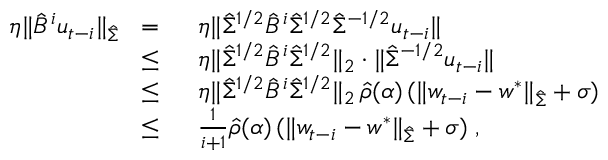
\begin{array} { r l } { \eta \| \hat { B } ^ { i } u _ { t - i } \| _ { \hat { \Sigma } } \; \; = } & { \; \; \eta \| \hat { \Sigma } ^ { 1 / 2 } \hat { B } ^ { i } \hat { \Sigma } ^ { 1 / 2 } \hat { \Sigma } ^ { - 1 / 2 } u _ { t - i } \| } \\ { \le } & { \; \; \eta \| \hat { \Sigma } ^ { 1 / 2 } \hat { B } ^ { i } \hat { \Sigma } ^ { 1 / 2 } \| _ { 2 } \cdot \| \hat { \Sigma } ^ { - 1 / 2 } u _ { t - i } \| } \\ { \le } & { \; \; \eta \| \hat { \Sigma } ^ { 1 / 2 } \hat { B } ^ { i } \hat { \Sigma } ^ { 1 / 2 } \| _ { 2 } \, \hat { \rho } ( \alpha ) \, ( \| w _ { t - i } - w ^ { * } \| _ { \hat { \Sigma } } + \sigma ) } \\ { \le } & { \; \; \frac { 1 } { i + 1 } \hat { \rho } ( \alpha ) \, ( \| w _ { t - i } - w ^ { * } \| _ { \hat { \Sigma } } + \sigma ) \; , } \end{array}